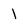
Character: 1